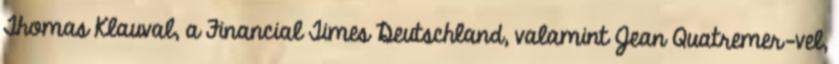
Thomas Klauval, a Financial Times Deutschland, valamint Jean Quatremer-vel,